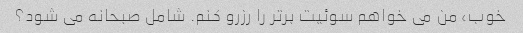
خوب، من می خواهم سوئیت برتر را رزرو کنم. شامل صبحانه می شود؟